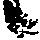
候